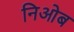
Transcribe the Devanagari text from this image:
निओब